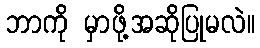
ဘာကို မှာဖို့အဆိုပြုမလဲ။